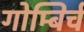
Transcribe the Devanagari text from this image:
गोम्बिर्च